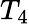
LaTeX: T_{4}